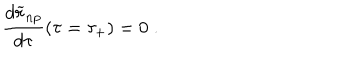
LaTeX: { \frac { d { \widetilde r } _ { n p } } { d \tau } } ( \tau = \tau _ { + } ) = 0 \; .